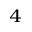
^ { 4 }